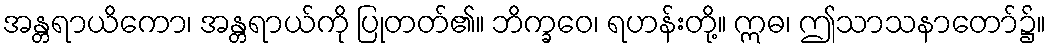
အန္တရာယိကော၊ အန္တရာယ်ကို ပြုတတ်၏။ ဘိက္ခဝေ၊ ရဟန်းတို့။ ဣဓ၊ ဤသာသနာတော်၌။